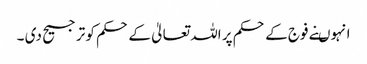
انہوںنے فوج کے حکم پر اللہ تعالیٰ کے حکم کو ترجیح دی ۔